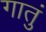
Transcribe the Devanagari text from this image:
गातुं